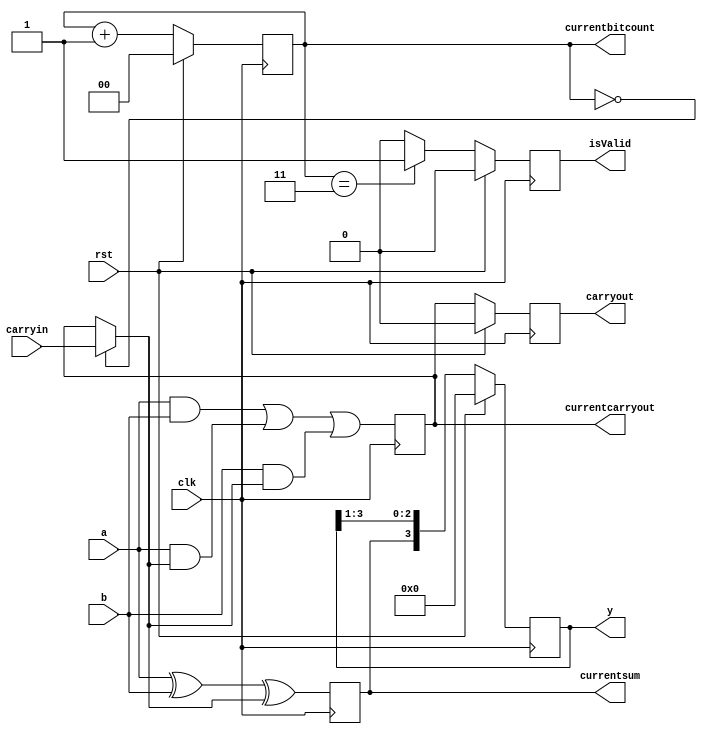
module jserialadder(y,carryout,isValid,currentsum,currentcarryout,currentbitcount,clk,rst,a,b,carryin);
  output reg [3:0]y;
  output reg carryout;
  output reg isValid; 
  output reg currentsum, currentcarryout;
  output reg [1:0]currentbitcount;
  input clk,rst;
  input a,b,carryin;
  wire intermediatecarry;
  assign intermediatecarry = ( currentbitcount == 3'd0) ? carryin : currentcarryout;
  always@(posedge clk)
  begin
    currentsum <= a ^ b ^ intermediatecarry;
    currentcarryout <= ( a & b ) | ( a & intermediatecarry ) | ( b & intermediatecarry );
  end
  always@(posedge clk)
  begin
    if(rst)
      begin
        y <= 0;
        carryout <= 0;
      end
    else
      begin
        y <= {currentsum, y[3:1]};
        carryout <= currentcarryout;
      end
    end
  always@(posedge clk)
  begin
    if(rst)
        currentbitcount <= 0;
    else
        currentbitcount <= currentbitcount + 1; 
  end
  always@(posedge clk)
  begin
    if(rst)
        isValid <= 0;
    else
        isValid <= (currentbitcount == 3) ? 1 : 0; 
  end
endmodule